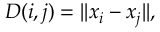
D ( i , j ) = \lvert \lvert \boldsymbol { x } _ { i } - \boldsymbol { x } _ { j } \lvert \lvert ,